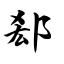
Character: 郄